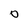
Character: O